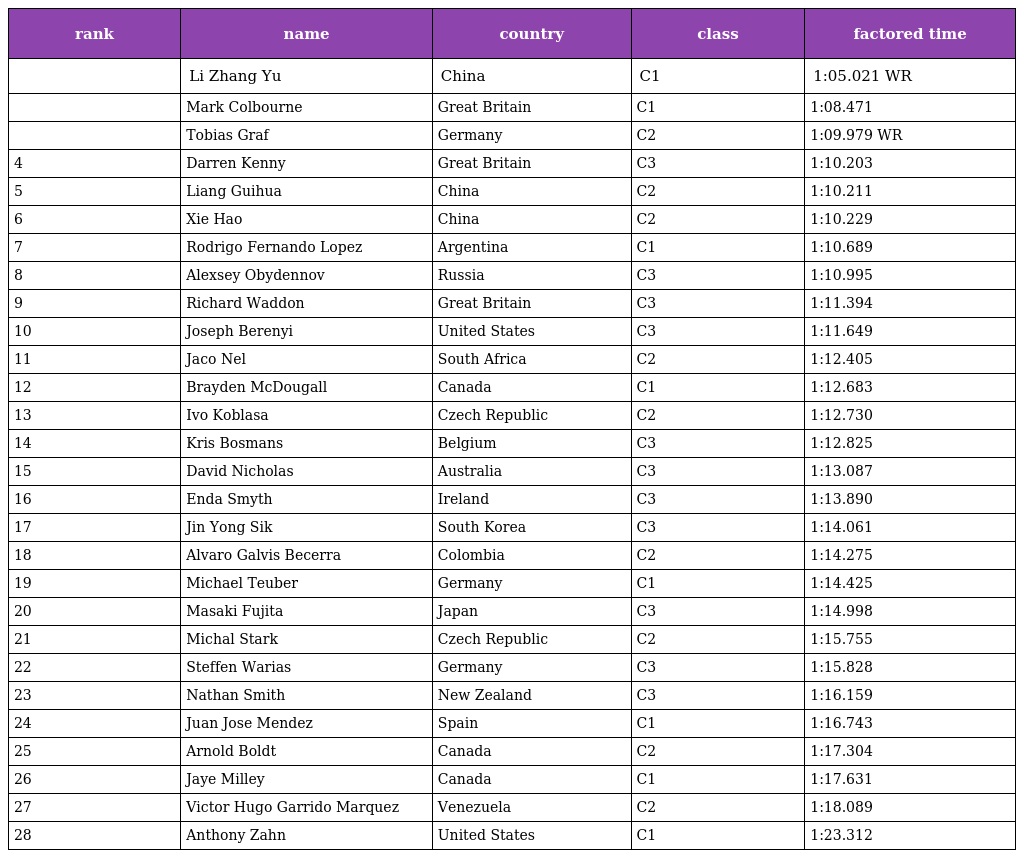
| rank | name | country | class | factored time |
 | --- | --- | --- | --- | --- |
 |  | Li Zhang Yu | China | C1 | 1:05.021 WR |
 |  | Mark Colbourne | Great Britain | C1 | 1:08.471 |
 |  | Tobias Graf | Germany | C2 | 1:09.979 WR |
 | 4 | Darren Kenny | Great Britain | C3 | 1:10.203 |
 | 5 | Liang Guihua | China | C2 | 1:10.211 |
 | 6 | Xie Hao | China | C2 | 1:10.229 |
 | 7 | Rodrigo Fernando Lopez | Argentina | C1 | 1:10.689 |
 | 8 | Alexsey Obydennov | Russia | C3 | 1:10.995 |
 | 9 | Richard Waddon | Great Britain | C3 | 1:11.394 |
 | 10 | Joseph Berenyi | United States | C3 | 1:11.649 |
 | 11 | Jaco Nel | South Africa | C2 | 1:12.405 |
 | 12 | Brayden McDougall | Canada | C1 | 1:12.683 |
 | 13 | Ivo Koblasa | Czech Republic | C2 | 1:12.730 |
 | 14 | Kris Bosmans | Belgium | C3 | 1:12.825 |
 | 15 | David Nicholas | Australia | C3 | 1:13.087 |
 | 16 | Enda Smyth | Ireland | C3 | 1:13.890 |
 | 17 | Jin Yong Sik | South Korea | C3 | 1:14.061 |
 | 18 | Alvaro Galvis Becerra | Colombia | C2 | 1:14.275 |
 | 19 | Michael Teuber | Germany | C1 | 1:14.425 |
 | 20 | Masaki Fujita | Japan | C3 | 1:14.998 |
 | 21 | Michal Stark | Czech Republic | C2 | 1:15.755 |
 | 22 | Steffen Warias | Germany | C3 | 1:15.828 |
 | 23 | Nathan Smith | New Zealand | C3 | 1:16.159 |
 | 24 | Juan Jose Mendez | Spain | C1 | 1:16.743 |
 | 25 | Arnold Boldt | Canada | C2 | 1:17.304 |
 | 26 | Jaye Milley | Canada | C1 | 1:17.631 |
 | 27 | Victor Hugo Garrido Marquez | Venezuela | C2 | 1:18.089 |
 | 28 | Anthony Zahn | United States | C1 | 1:23.312 |